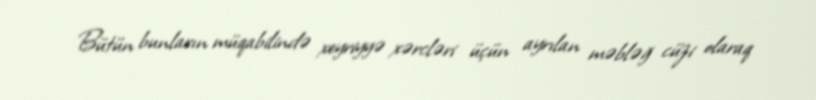
Bütün bunların müqabilində xeyriyyə xərcləri üçün ayrılan məbləğ cüzi olaraq